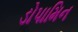
ડોપામિન